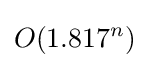
O(1.817^{n})